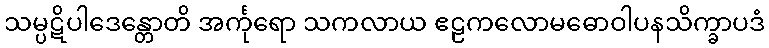
သမ္ပဋိပါဒေန္တောတိ အင်္ကုရော သကလာယ ဧဠကလောမဓောဝါပနသိက္ခာပဒံ